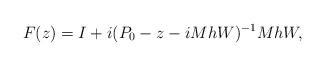
LaTeX: \begin{align*} F(z)=I+i(P_0-z-iMhW)^{-1}MhW, \end{align*}